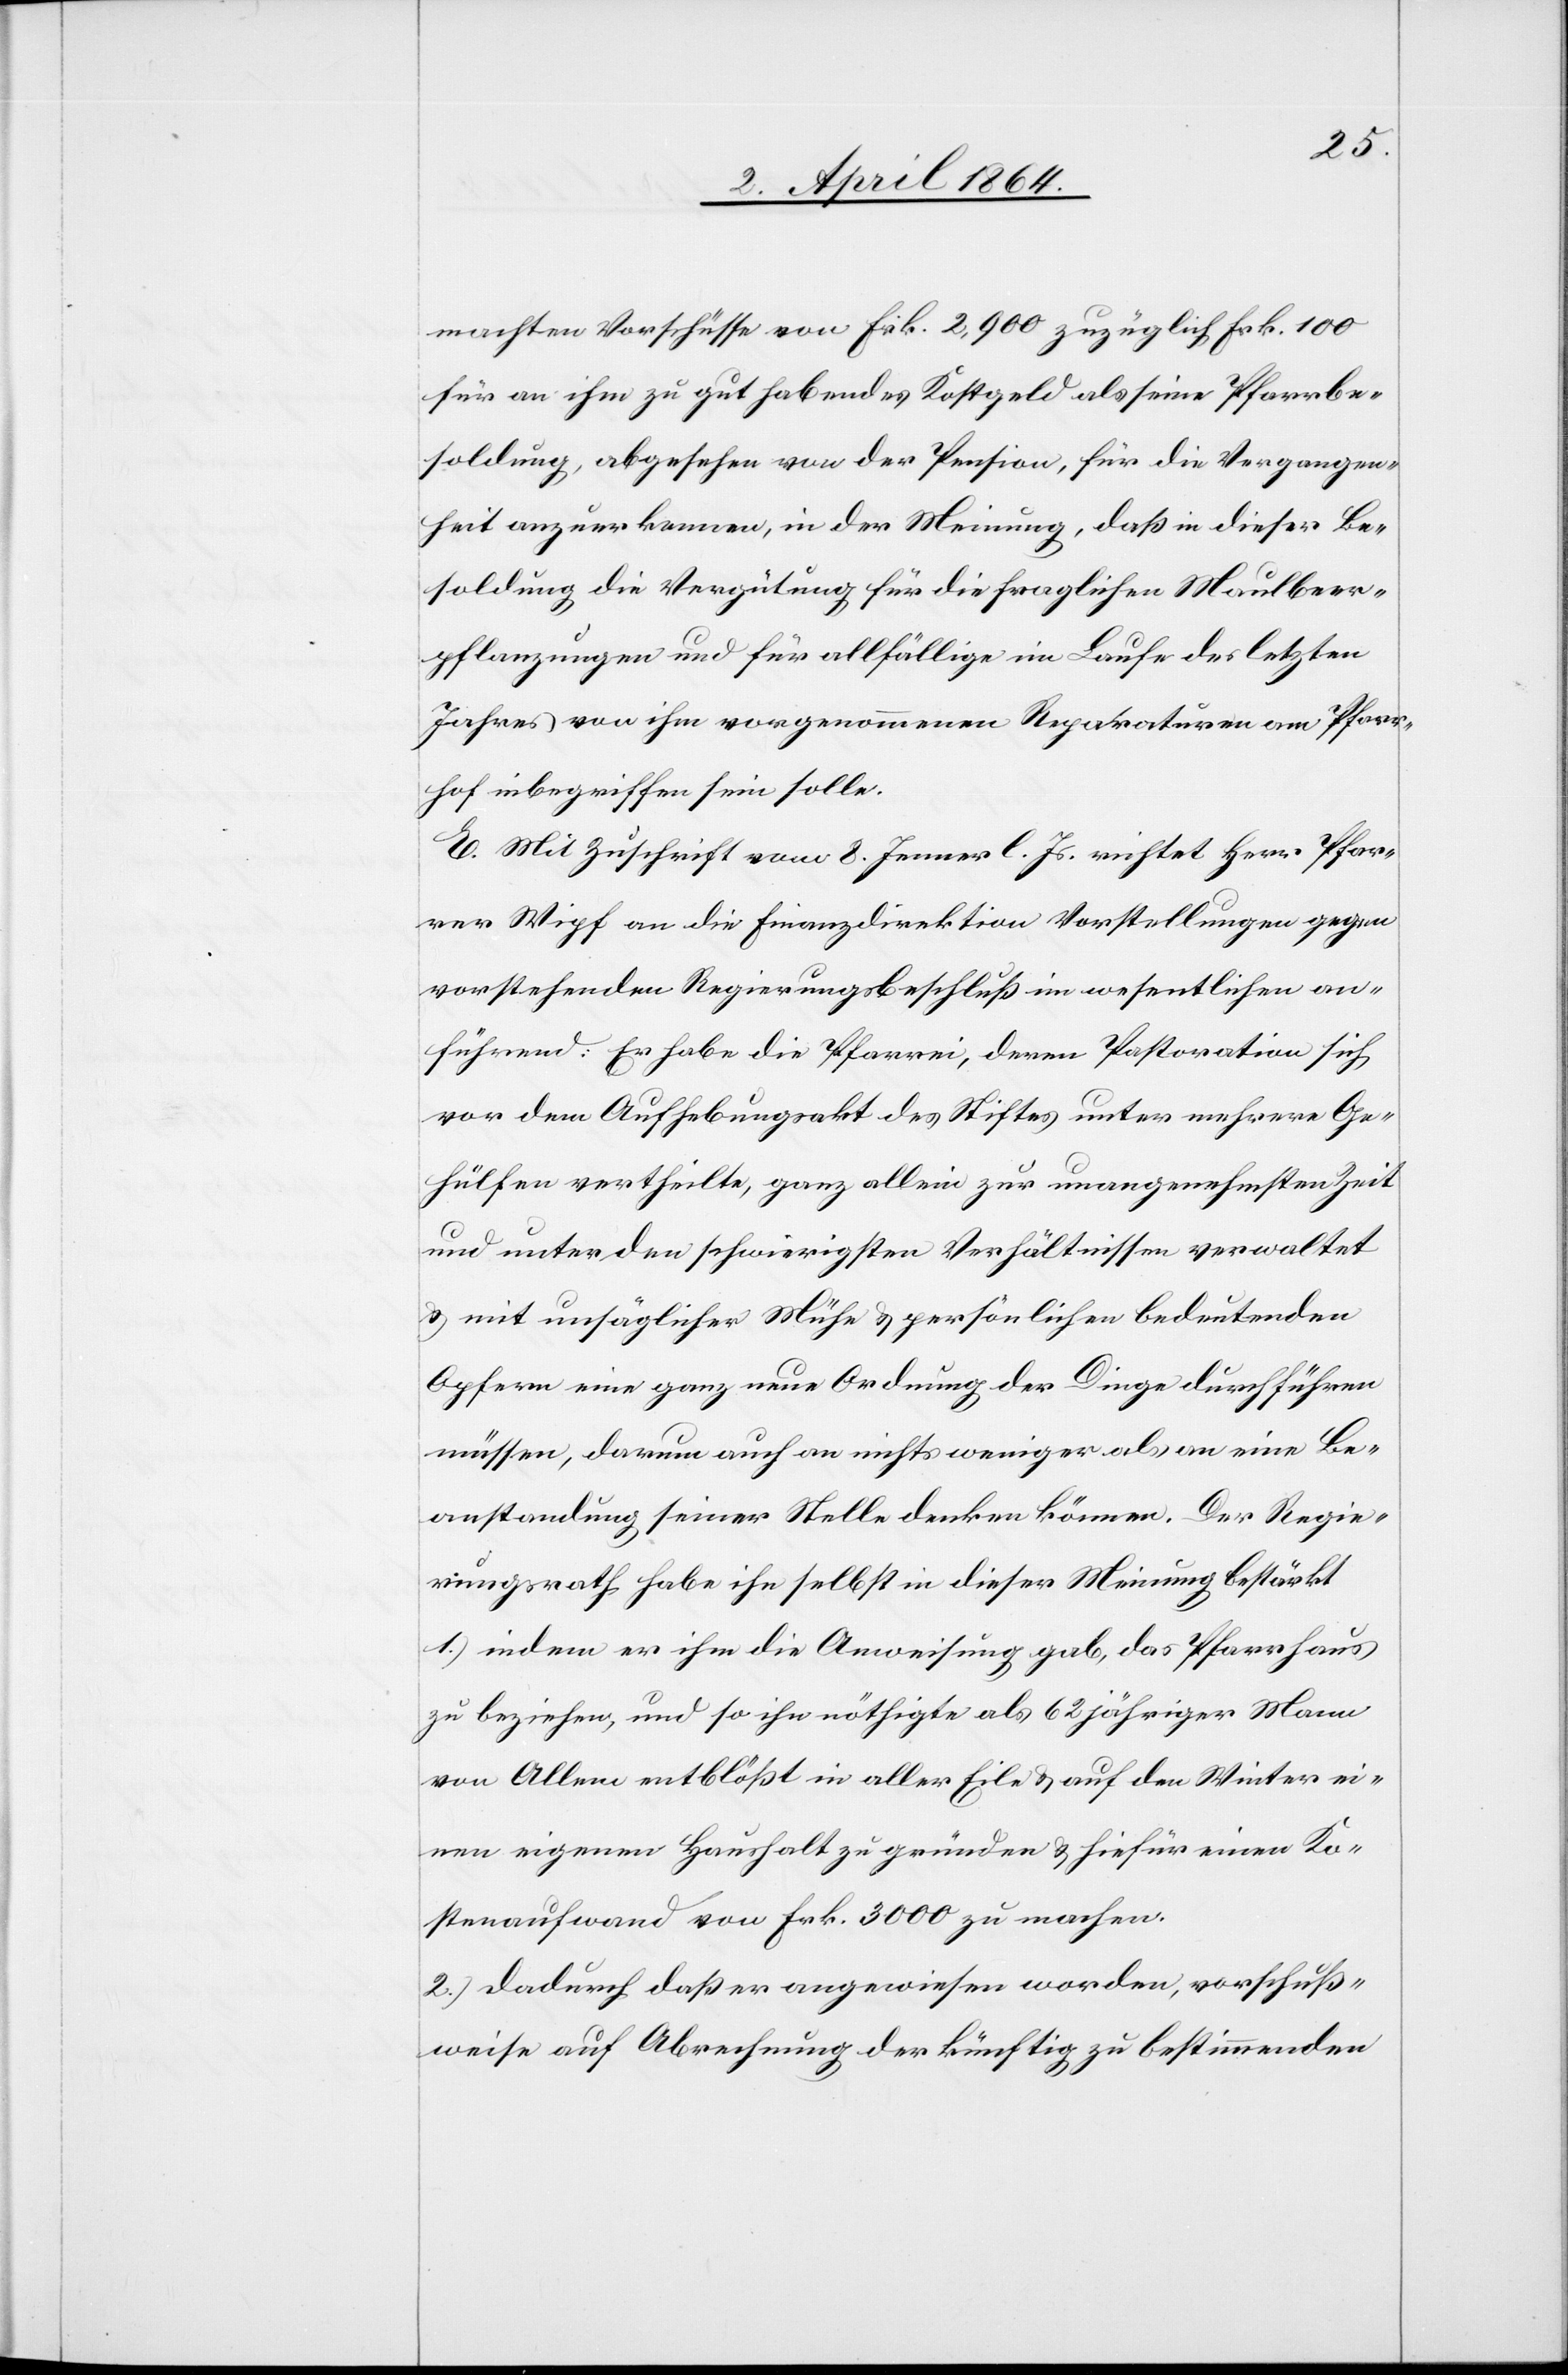
machten Vorschüsse von Frk. 2,900 zuzüglich Frk. 100
für an ihm zu gut habendes Kostgeld als seine Pfarrbe¬
soldung, abgesehen von der Pension, für die Vergangen¬
heit anzuerkennen, in der Meinung, daß in dieser Be¬
soldung die Verspätung für die fraglichen Maulbeer¬
pflanzungen und für allfällige im Laufe des letzten
Jahres von ihm vorgenommenen Reparaturen am Pfarr¬
hof inbegriffen sein solle.
E. Mit Zuschrift vom 8. Jenner l. Js. richtet Herr Pfar¬
rer Wipf an die Finanzdirektion Vorstellungen gegen
vorstehenden Regierungsbeschluß im wesentlichen an¬
führend: Er habe die Pfarrei, deren Pastoration sich
vor dem Aufhebungsakt des Stiftes unter mehrere Ge¬
hülfen vertheilte, ganz allein zur unangenehmsten Zeit
und unter den schwierigsten Verhältnissen verwaltet
u. mit unsäglicher Mühe u. persönlichen bedeutenden
Opfern eine ganz neue Ordnung der Dinge durchführen
müssen, darum auch an nichts weniger als an eine Be¬
anstandung seiner Stelle denken können. Der Regie¬
rungsrath habe ihn selbst in dieser Meinung bestärkt
1.) indem er ihm die Anweisung gab, das Pfarrhaus
zu beziehen, und so ihn nöthigte als 62 jähriger Mann
von Allem entblößt in aller Eile u. auf den Winter ei¬
nen eigenen Haushalt zu gründen u. hiefür einen Ko¬
stenaufwand von Frk. 3000 zu machen.
2.) Dadurch daß er angewiesen worden, vorschuß¬
weise auf Abrechnung der künftig zu bestimmenden